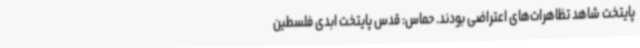
پایتخت شاهد تظاهرات‌های اعتراضی بودند. حماس: قدس پایتخت ابدی فلسطین